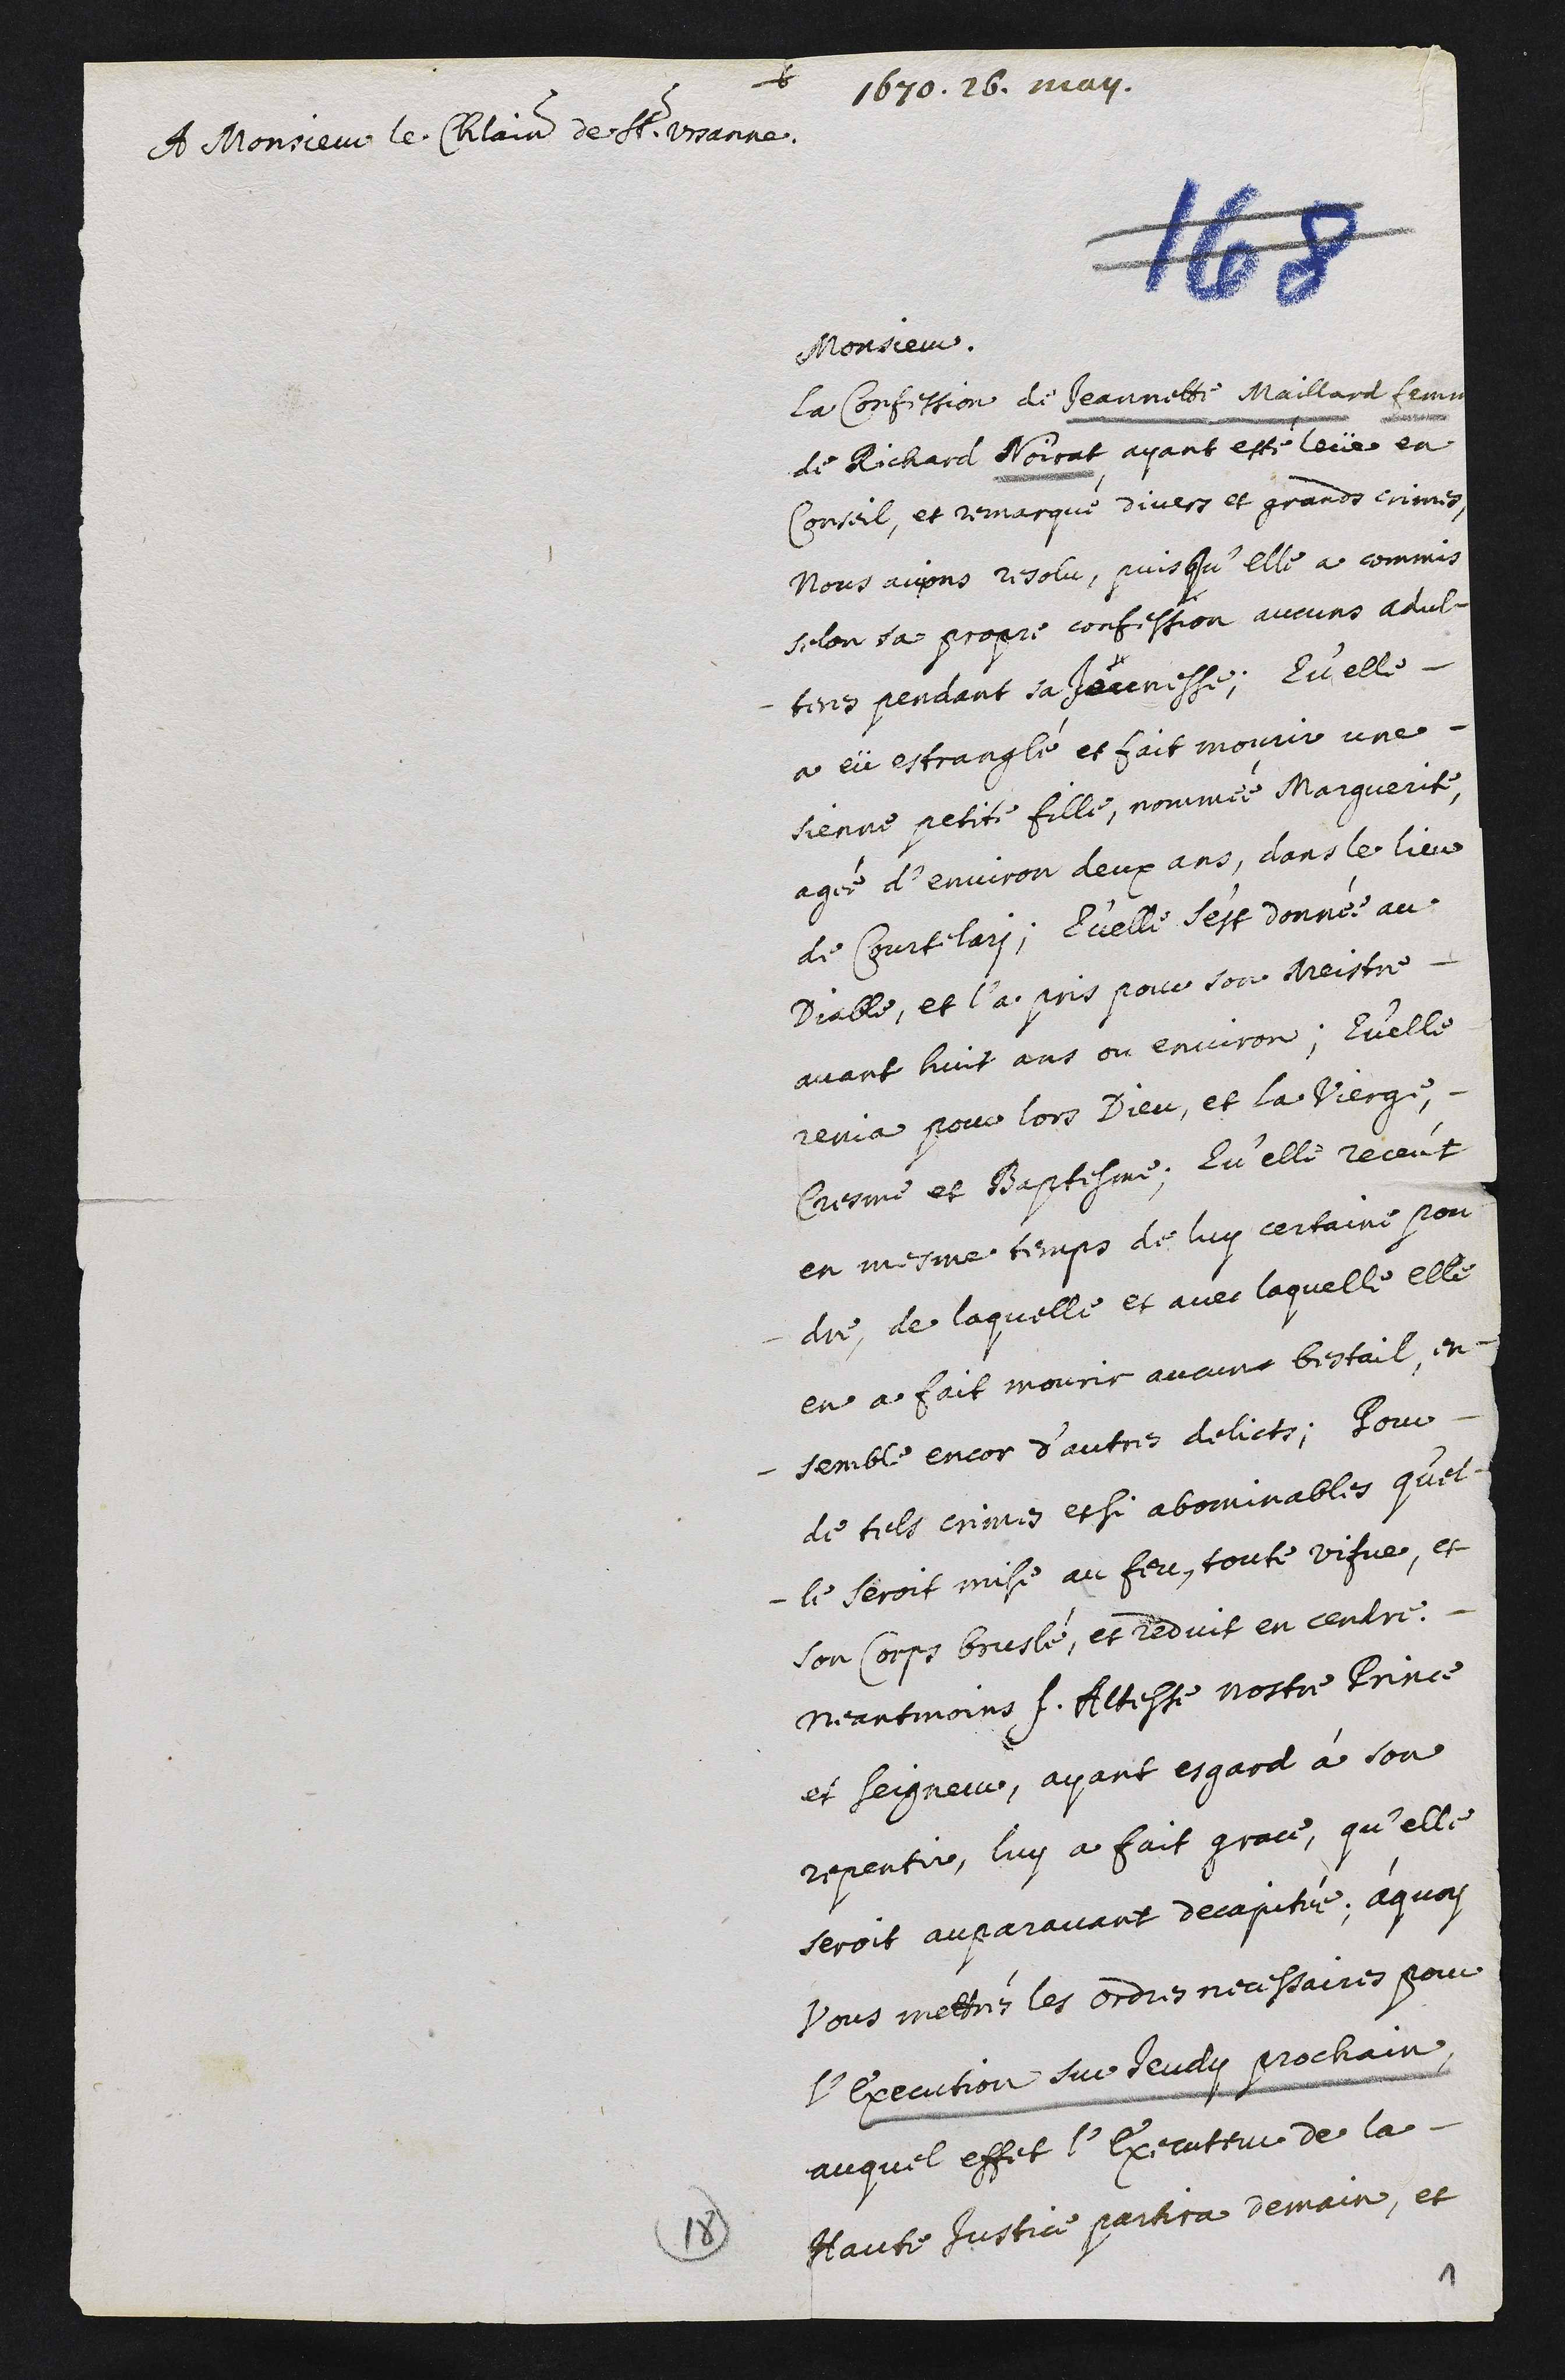
+
1670. 26. may.
A Monsieur le châtelain de St. Ursanne.
Monsieur.
La confession de Jeannette Maillard femme
de Richard Noirat, ayant esté levé en
Conseil, et remarqué divers et grands crimes.
Nous avions resolu, puisqu’elle a commis
selon sa propre confession aucuns adul-
teres pendant se jeunesse. Qu’elle
a eü estranglé et fait mourir une
sienne petite fille, nommée Marguerite,
agée d’environ deux ans, dans le lieu
de Courtelary. Qu’elle s’est donnée au
Diable, et l’a pris pour son meistre
avant huit ans ou environ. Qu’elle
renia pour lors Dieu, et la Vierge,
Cresme et Baptesme. Qu’elle receut
en mesme temps de luy certaine pou-
dre, de laquelle et avec laquelle elle
en a fait mourir aucun bestail, en-
semble encor d’autre delicts. Pour
de tels crimes et si abominables qu’el-
le seroit mise au feu, toute vifve, et
son corps bruslé, et reduit en cendre.
Neantmoins Son Altesse nostre Prince
et Seigneur, ayant esgard à son
repentir, luy a fait grace, qu’elle
seroit auparavant decapitée. Àquoy
vous mettrés les ordres necessaires pour
l’execution sur jeudy prochain.
Auquel effect l’executtur de la
Haute Justice partira demain, et